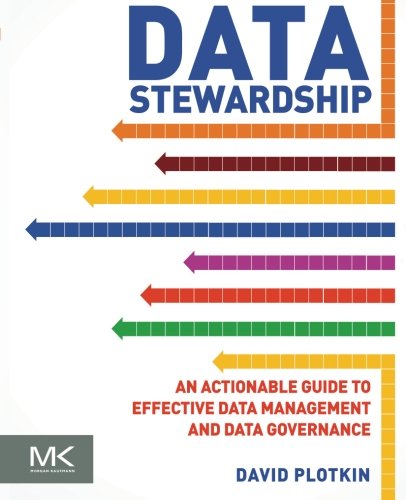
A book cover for Data Stewardship: An Actionable Guide to Effective Data Management and Data Governance; David Plotkin; Computers & Technology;